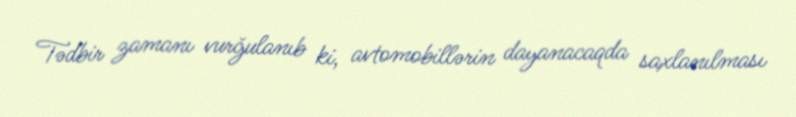
Tədbir zamanı vurğulanıb ki, avtomobillərin dayanacaqda saxlanılması